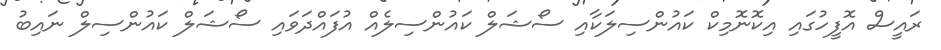
ރައީސް އޮފީހުގައި އިކޮނޮމިކް ކައުންސިލަކާއި ސޯޝަލް ކައުންސިލެއް އުފައްދަވައި ސޯޝަލް ކައުންސިލް ނައިބު